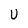
Character: U